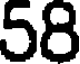
58